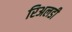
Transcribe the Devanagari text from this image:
रिअलडी